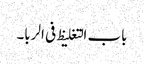
باب التغلیظ فی الربا۔